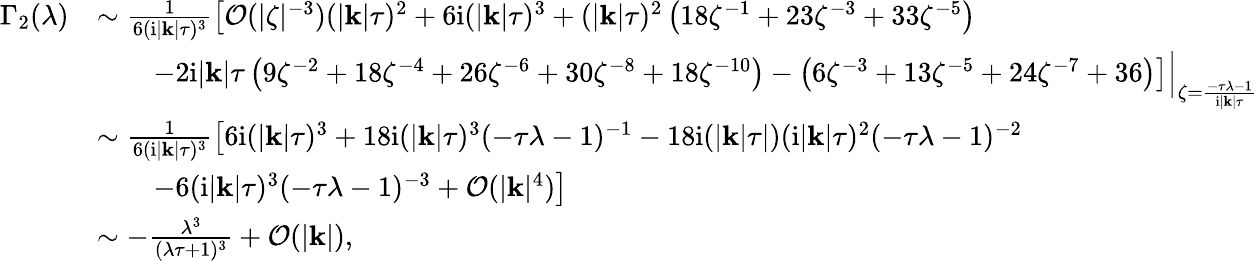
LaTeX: \begin{array}{rl}{\Gamma_{2}(\lambda)}&{\sim\frac{1}{6(\mathrm{i}|\mathbf{k}|\tau)^{3}}\left[\mathcal{O}(|\zeta|^{-3})(|\mathbf{k}|\tau)^{2}+6\mathrm{i}(|\mathbf{k}|\tau)^{3}+(|\mathbf{k}|\tau)^{2}\left(18\zeta^{-1}+23\zeta^{-3}+33\zeta^{-5}\right)\right.}\\ &{\qquad\left.-2\mathrm{i}|\mathbf{k}|\tau\left(9\zeta^{-2}+18\zeta^{-4}+26\zeta^{-6}+30\zeta^{-8}+18\zeta^{-10}\right)-\left(6\zeta^{-3}+13\zeta^{-5}+24\zeta^{-7}+36\right)\right]\Big|_{\zeta=\frac{-\tau\lambda-1}{\mathrm{i}|\mathbf{k}|\tau}}}\\ &{\sim\frac{1}{6(\mathrm{i}|\mathbf{k}|\tau)^{3}}\left[6\mathrm{i}(|\mathbf{k}|\tau)^{3}+18\mathrm{i}(|\mathbf{k}|\tau)^{3}(-\tau\lambda-1)^{-1}-18\mathrm{i}(|\mathbf{k}|\tau|)(\mathrm{i}|\mathbf{k}|\tau)^{2}(-\tau\lambda-1)^{-2}\right.}\\ &{\qquad\left.-6(\mathrm{i}|\mathbf{k}|\tau)^{3}(-\tau\lambda-1)^{-3}+\mathcal{O}(|\mathbf{k}|^{4})\right]}\\ &{\sim-\frac{\lambda^{3}}{(\lambda\tau+1)^{3}}+\mathcal{O}(|\mathbf{k}|),}\end{array}